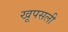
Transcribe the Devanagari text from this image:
खूपसली